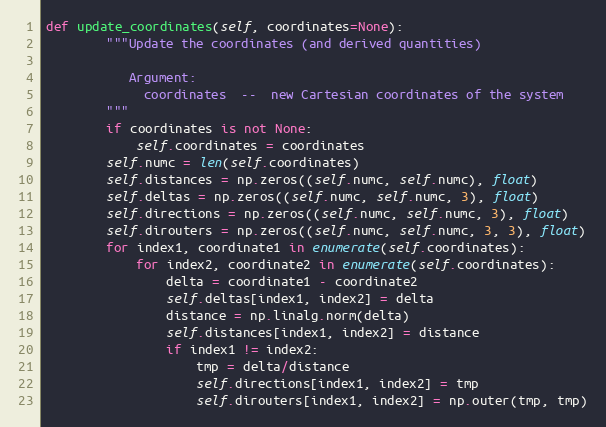
Language: Python
def update_coordinates(self, coordinates=None):
        """Update the coordinates (and derived quantities)

           Argument:
             coordinates  --  new Cartesian coordinates of the system
        """
        if coordinates is not None:
            self.coordinates = coordinates
        self.numc = len(self.coordinates)
        self.distances = np.zeros((self.numc, self.numc), float)
        self.deltas = np.zeros((self.numc, self.numc, 3), float)
        self.directions = np.zeros((self.numc, self.numc, 3), float)
        self.dirouters = np.zeros((self.numc, self.numc, 3, 3), float)
        for index1, coordinate1 in enumerate(self.coordinates):
            for index2, coordinate2 in enumerate(self.coordinates):
                delta = coordinate1 - coordinate2
                self.deltas[index1, index2] = delta
                distance = np.linalg.norm(delta)
                self.distances[index1, index2] = distance
                if index1 != index2:
                    tmp = delta/distance
                    self.directions[index1, index2] = tmp
                    self.dirouters[index1, index2] = np.outer(tmp, tmp)